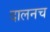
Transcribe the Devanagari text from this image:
दालनच